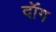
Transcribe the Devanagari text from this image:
दॉंग